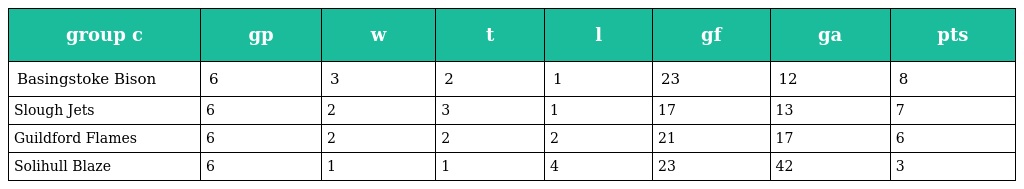
| group c | gp | w | t | l | gf | ga | pts |
 | --- | --- | --- | --- | --- | --- | --- | --- |
 | Basingstoke Bison | 6 | 3 | 2 | 1 | 23 | 12 | 8 |
 | Slough Jets | 6 | 2 | 3 | 1 | 17 | 13 | 7 |
 | Guildford Flames | 6 | 2 | 2 | 2 | 21 | 17 | 6 |
 | Solihull Blaze | 6 | 1 | 1 | 4 | 23 | 42 | 3 |